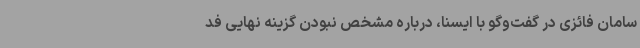
سامان فائزی در گفت‌وگو با ایسنا، درباره مشخص نبودن گزینه نهایی فد